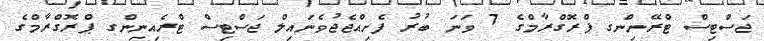
ޖަސްޓިސް ޓްރޭނިންގ ޕްރޮގްރާމްގެ 7 ވަނަ ބުރު ފެށިއްޖެޖުވެނައިލް ޖަސްޓިސް ޓްރެއިނިންގ ޕްރޮގްރާމްގެ